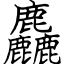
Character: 麤